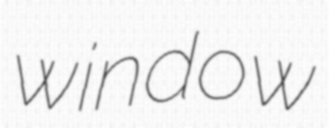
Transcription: window